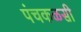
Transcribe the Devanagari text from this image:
पंचकळसी